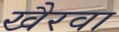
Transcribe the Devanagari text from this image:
खैरवा